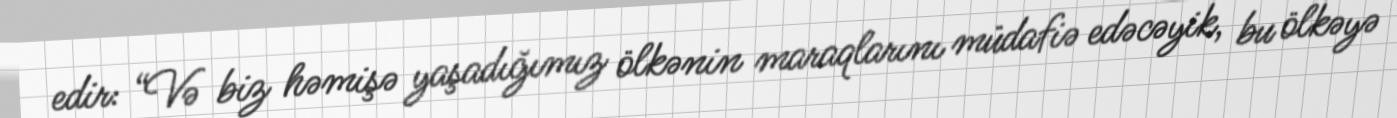
edir: “Və biz həmişə yaşadığımız ölkənin maraqlarını müdafiə edəcəyik, bu ölkəyə